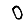
Digit: 0